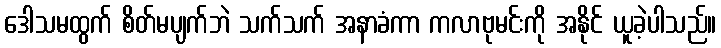
ဒေါသမထွက် စိတ်မပျက်ဘဲ သက်သက် အနာခံကာ ကလာဗုမင်းကို အနိုင် ယူခဲ့ပါသည်။